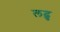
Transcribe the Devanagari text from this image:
लढु